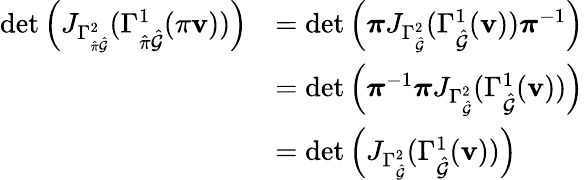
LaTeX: \begin{array}{rl}{\operatorname*{det}\left(J_{\Gamma_{\hat{\pi}\hat{\mathcal{G}}}^{2}}(\Gamma_{\hat{\pi}\hat{\mathcal{G}}}^{1}(\pi\mathbf{v}))\right)}&{=\operatorname*{det}\left(\boldsymbol{\pi}J_{\Gamma_{\hat{\mathcal{G}}}^{2}}(\Gamma_{\hat{\mathcal{G}}}^{1}(\mathbf{v}))\boldsymbol{\pi}^{-1}\right)}\\ &{=\operatorname*{det}\left(\boldsymbol{\pi}^{-1}\boldsymbol{\pi}J_{\Gamma_{\hat{\mathcal{G}}}^{2}}(\Gamma_{\hat{\mathcal{G}}}^{1}(\mathbf{v}))\right)}\\ &{=\operatorname*{det}\left(J_{\Gamma_{\hat{\mathcal{G}}}^{2}}(\Gamma_{\hat{\mathcal{G}}}^{1}(\mathbf{v}))\right)}\end{array}